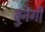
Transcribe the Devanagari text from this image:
बुनेगी